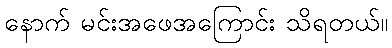
နောက် မင်းအဖေအကြောင်း သိရတယ်။